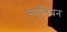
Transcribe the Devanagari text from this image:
ल्यूसियन